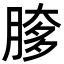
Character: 䐒